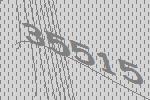
35515